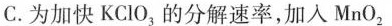
C. 为加快KClO_{3}的分解速率，加入 MnO_{2}